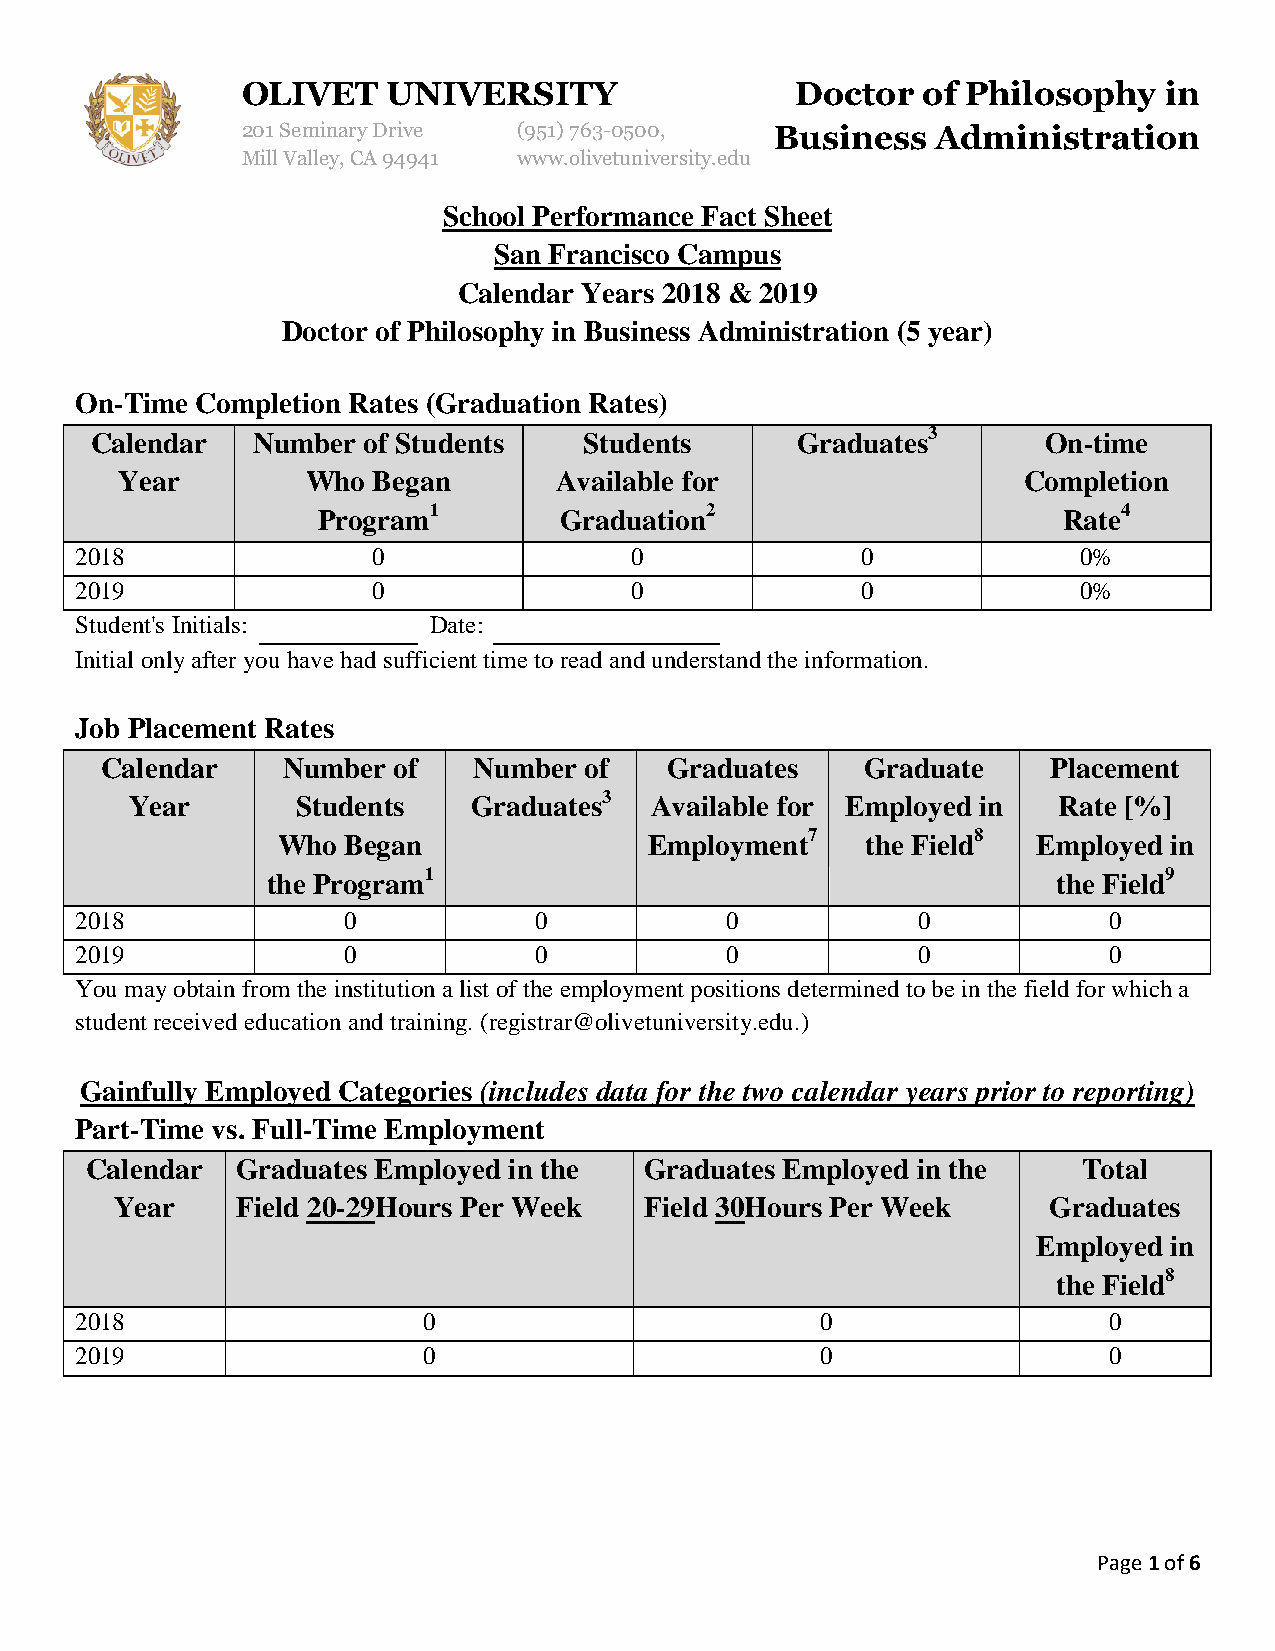
OLIVET    UNIVERSITY                 Doctor  of Philosophy   in
 201 Seminary Drive (951) 763-0500, Business   Administration
 Mill Valley, CA 94941 www.olivetuniversity.edu
 School Performance Fact Sheet
 San Francisco Campus
 Calendar Years 2018 & 2019
 Doctor of Philosophy in Business Administration (5 year)
 On-Time Completion Rates (Graduation Rates)
 Calendar   Number of Students    Students      Graduates3      On-time
 Year        Who  Began       Available for                  Completion
 Program1        Graduation2                      Rate4
 2018                0                0              0              0%
 2019                0                0              0              0%
 Student's Initials:    Date:
 Initial only after you have had sufficient time to read and understand the information.
 Job Placement Rates
 Calendar    Number of   Number  of   Graduates    Graduate     Placement
 Year       Students   Graduates3  Available for Employed in  Rate [%]
 Who  Began               Employment7   the Field8  Employed in
 the Program1                                        the Field9
 2018              0           0            0            0           0
 2019              0           0            0            0           0
 You may obtain from the institution a list of the employment positions determined to be in the field for which a
 student received education and training. (registrar@olivetuniversity.edu.)
 Gainfully Employed Categories (includes data for the two calendar years prior to reporting)
 Part-Time vs. Full-Time Employment
 Calendar  Graduates Employed in the  Graduates Employed in the    Total
 Year    Field 20-29Hours Per Week  Field 30Hours Per Week    Graduates
 Employed in
 the Field8
 2018                   0                         0                  0
 2019                   0                         0                  0
 Page 1 of 6